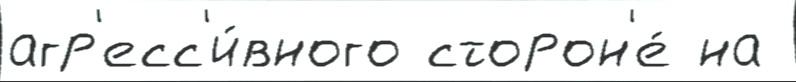
агр'есс'и́вного сторон'е́ на